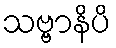
သဗ္ဗာနိပိ